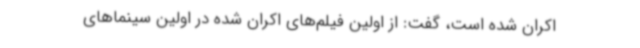
اکران شده است، گفت: از اولین فیلم‌های اکران شده در اولین سینماهای